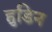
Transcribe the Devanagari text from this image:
हुडिन